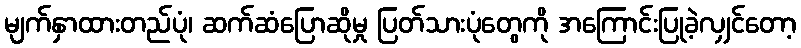
မျက်နှာထားတည်ပုံ၊ ဆက်ဆံပြောဆိုမှု ပြတ်သားပုံတွေကို အကြောင်းပြုခဲ့လျှင်တော့